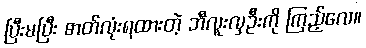
ပြီးမပြီး ဓာတ်လုံးရထားတဲ့ ဘီလူးလှဦးကို ကြည့်လေ။